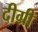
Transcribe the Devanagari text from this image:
दीग्री